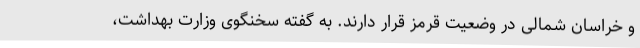
و خراسان شمالی در وضعیت قرمز قرار دارند. به گفته سخنگوی وزارت بهداشت،